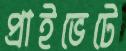
প্রাইভেটে